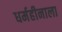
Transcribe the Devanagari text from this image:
धर्महीनाला